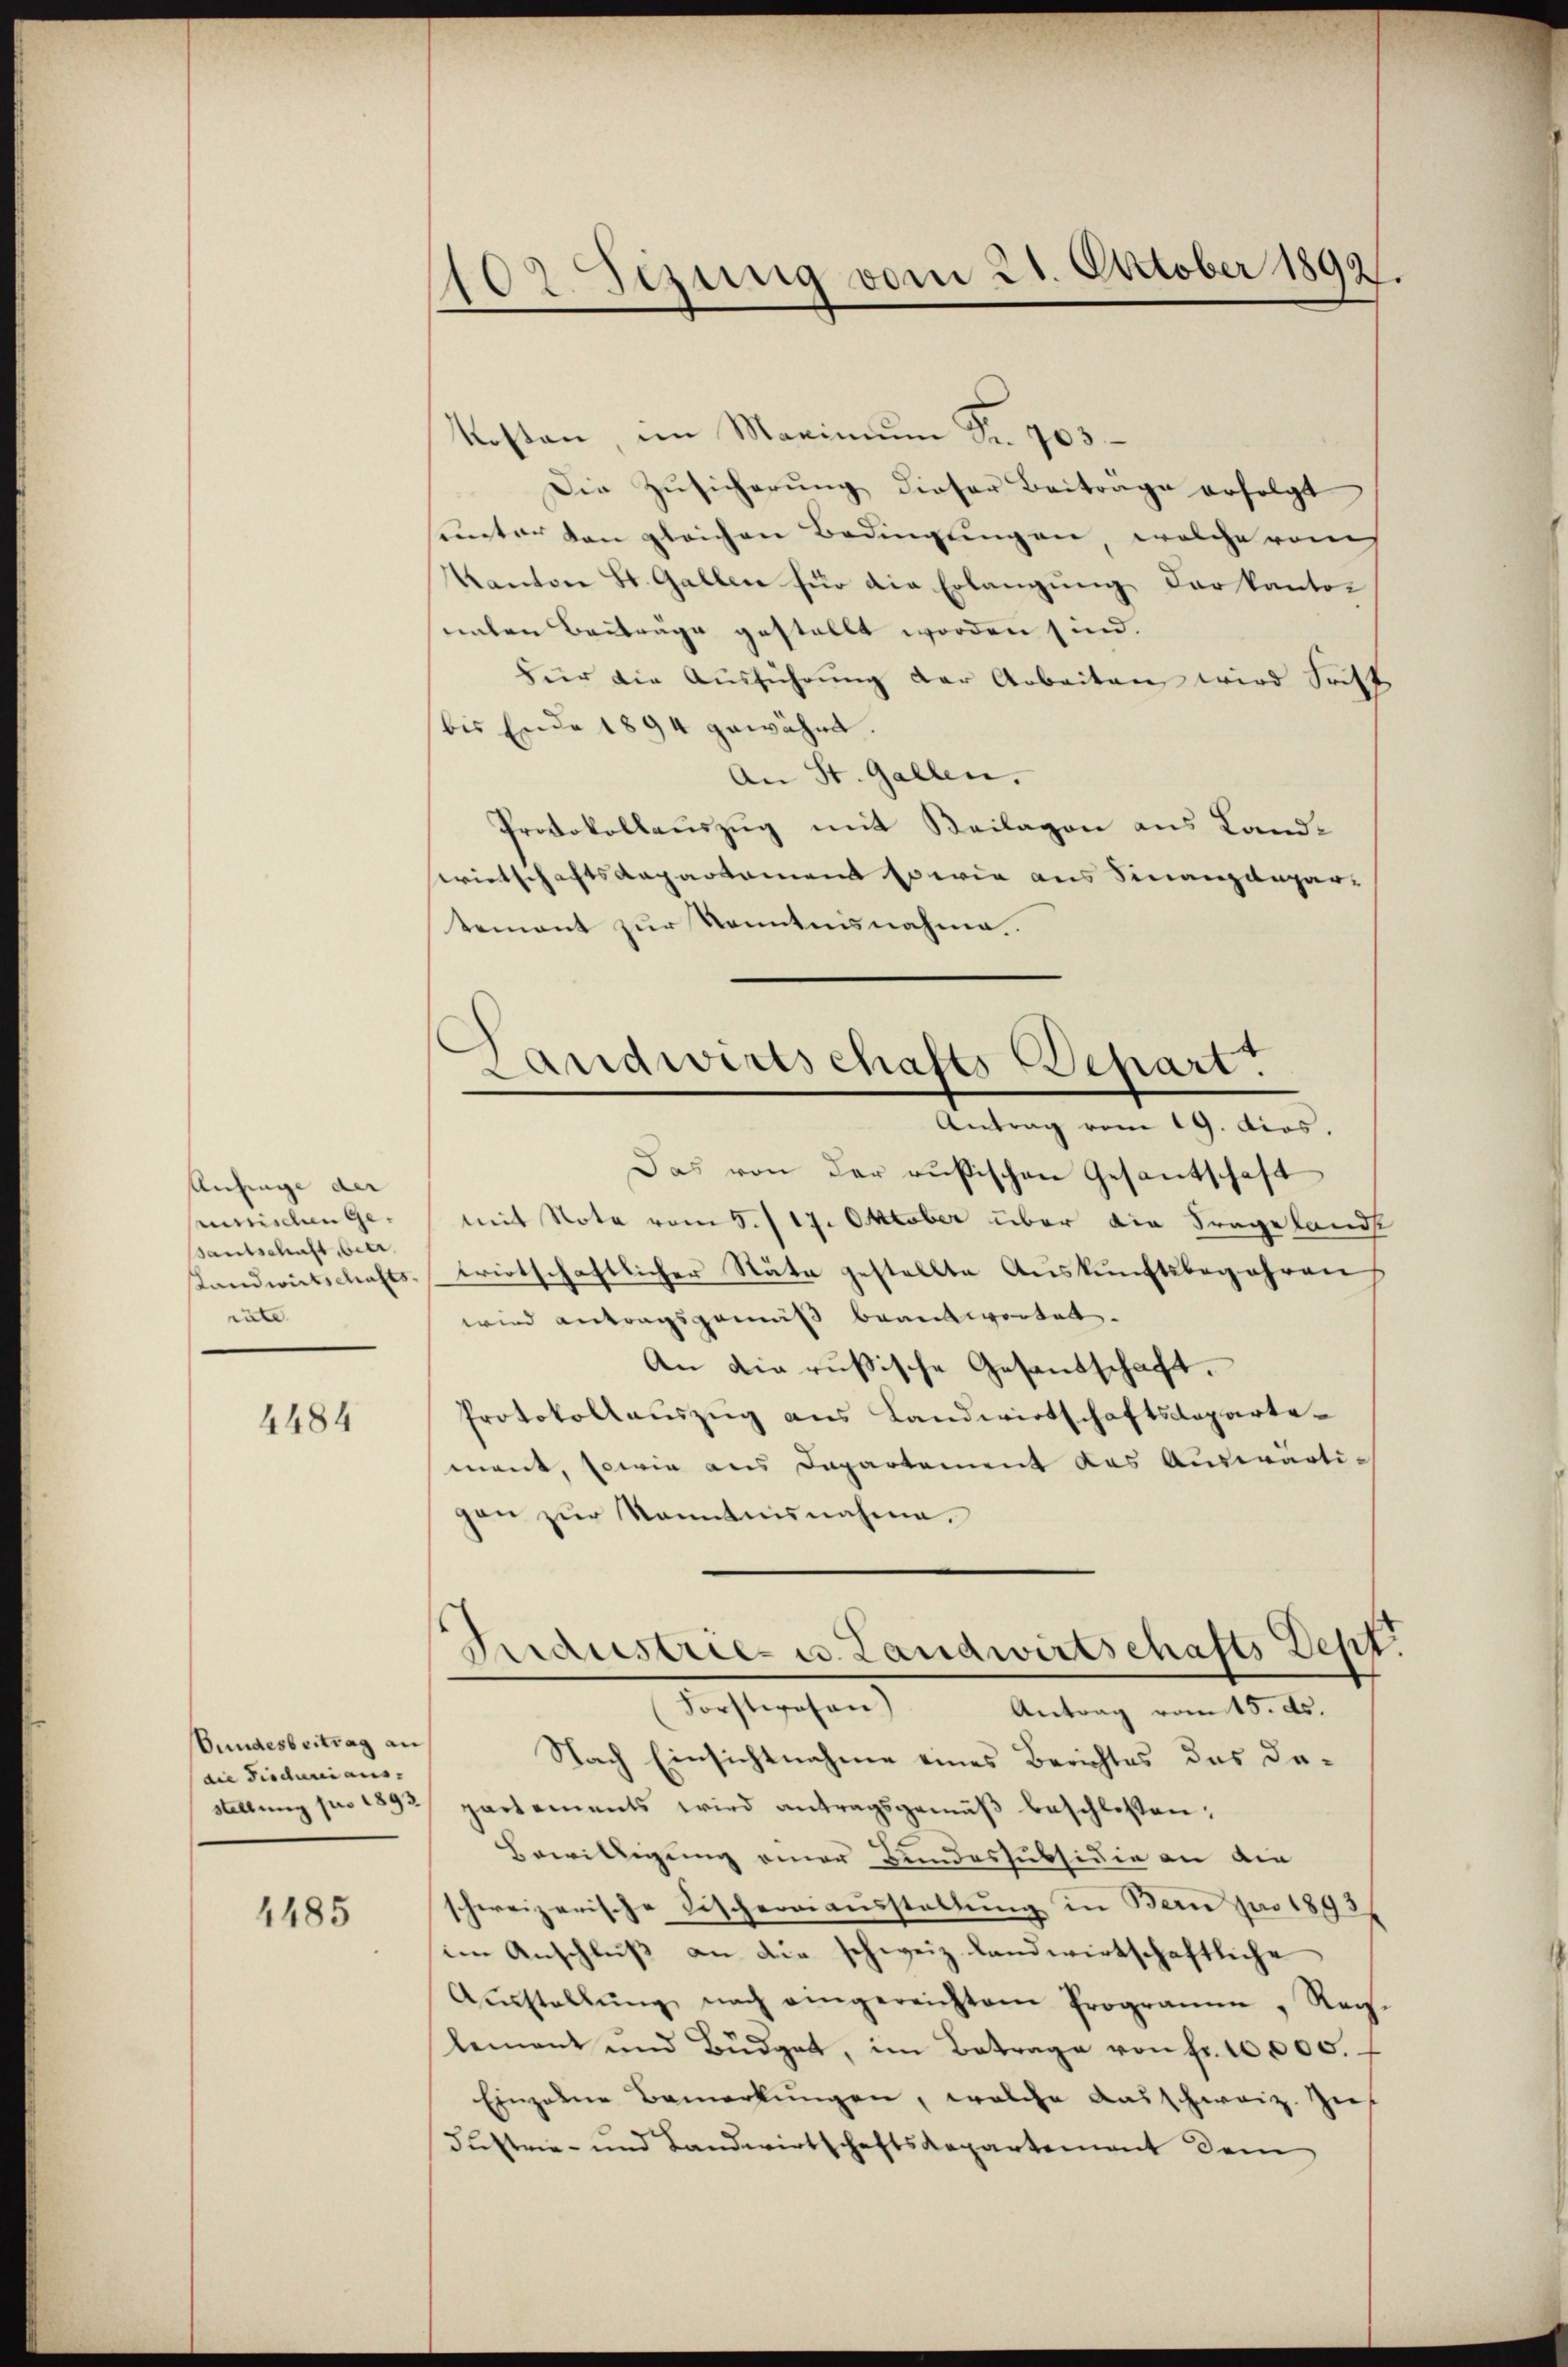
Anfrage der |
minischen Gesantschaft betr.
Landwirtschafts-
rate

4484

Bundesbeitrag an
die Discurii aus- |

4485

102 Sezung vom 21. October 1892.

Kosten, im Maximum Fr. 703.
Die Zŭsicherung dieser Beiträge erfolgt
unter den gleichen Bedingungen, welche raus
Kanton St. Gallen für die Erlangung der kanton
nalen Beiträge gestellt worden sind.
Für die Ausführung der Arbeiten wird Frist
(bis Ende 1894 gewährt.
An St. Gallen.
Protokollauszug mit Beilagen aus Landwirtschaftsdepartement sowie aus Finanzdepar-
tement zur Kenntnisnahme.
Das von der außischen Gesantschaft
mit Note vom 5./17. Oktober über die Frageland
wirtschaftlicher Stäte gestellte Auskunftsbegehren
wird antragsgemäß beantwortet.
An die russische Gesandschaft.
Protokollauszug aus Landwirtschaftsdepartemant, sowie aus Departement das Auswarti-
gen zur Kenntnisnahme.
Industrie- u. Landwirtschafts Dept.
Forstwesen)
Antrag vom 15. ds.
Nach Einsichtnahme eines Berichtes das dastellŭng pro 1892 partements wird antragsgemäβ beschlossen;
Bewilligung einer Bundessubsidie an die
schweizerische Fischereiausstellung in Bern pro 1898
im Anschluß an die schweiz. Landwirtschaftliche
Aŭsstellŭng nach eingereichtem Programm, Rag-
lement und Büdget, im Betrage von Fr. 10,000. f
Einzelne Bemerkŭngen, welche Ausschweiz. Zudustrie- und Landwirtschaftsdepartement dem

c
Landwirtschafts Depart.
Antrag vom 19. dios.